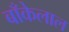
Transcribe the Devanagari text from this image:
बाँकेलाल